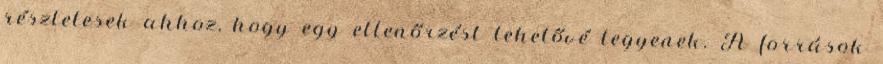
részletesek ahhoz, hogy egy ellenőrzést lehetővé tegyenek. A források